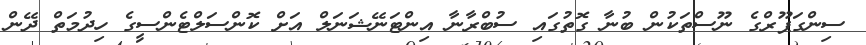
ސިންގަޕޫރްގެ ނޫސްތަކުން ބުނާ ގޮތުގައި ސުބްރާނާ އިންޓަނޭޝަނަލް އަށް ކޮންސަލްޓެންސީގެ ހިދުމަތް ދޭން